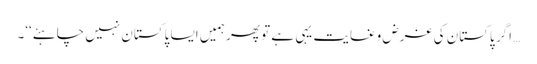
… اگر پاکستان کی غرض وغایت یہی ہے تو پھر ہمیں ایسا پاکستان نہیں چاہئے‘‘۔